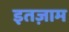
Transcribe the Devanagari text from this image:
इतज़ाम